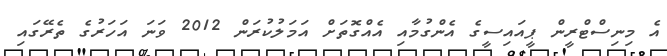
އެ މިނިސްޓްރީން ޕީއައިސީގެ އެންގުމާއި އެއްގޮތަށް އަމަލުކުރަން 2012 ވަނަ އަހަރުގެ ތެރޭގައި